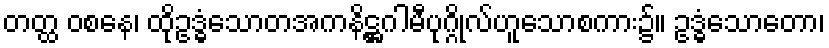
တတ္ထ ဝစနေ၊ ထိုဥဒ္ဓံသောတအကနိဋ္ဌဂါမီပုဂ္ဂိုလ်ဟူသောစကား၌။ ဥဒ္ဓံသောတော၊